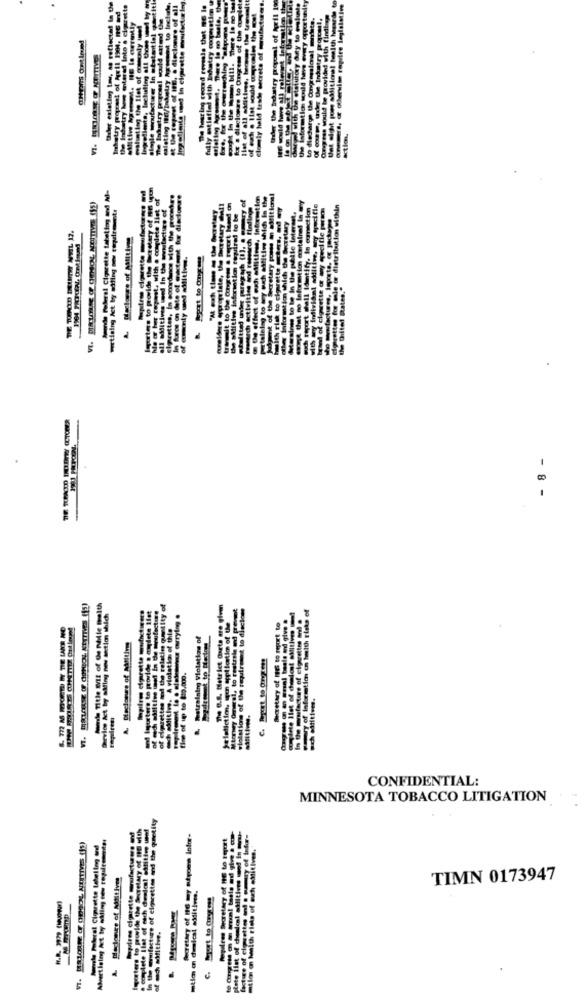
thaler estatiog tour, ag reflected in the
shatry progresi of April 1904, 16 erd
sould asterd
Mpire dorstte mufactures of
Pendo Plural Cigarette taleting and M-
wetlaing Act by adding ses tupdirmust:
date of gartent for diectors
propr late, the Secretary @wll
all additives weed In the www.facture
Mitive information required to be
leporters to provide the Boarete
clprettes, In somedance with the
Ich
activities
.
- 8 -
and Title ME of de nelle maith
and Imusters to provide o andete Ifet
The O.S. bletelet Garte are givm
tions of the reputramat to disclo
Shevice Act by såfing nes sections which
Selafiction, se apilartim of Ue
Mtrmay Omegal, to reatrale and prove
Ipiles digrette mufcte
och Miting. A violation of this
Shoretary of lect to report to
the relaties
I. Matraining Violation of
C. Wout to Or :!!
fire of up to $10.000.
of Opretter and
CONFIDENTIAL:
MINNESOTA TOBACCO LITIGATION
the unefacture of cigarettes and the quetity
Sprires cigarette manufacturers andt
laposters to provide the Secretary of 16 with
Secretary of DE ty suyome Infor-
Bepires Secretary of HE to report
plete ilst of chedeal shitivn udf In mu-
hoewelo Poleret Cigarette labeling andd
miles on health risks of esh aMitives."
A. Declones of Milltlym
TIMN 0173947
t - Militiee.